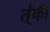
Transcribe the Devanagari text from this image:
त्॑की